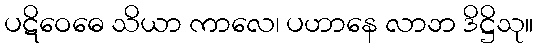
ပဋိဝေဓေ သိယာ ကာလေ၊ ပဟာနေ လာဘ ဒိဋ္ဌိသု။